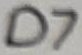
Text: D7